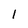
Character: l